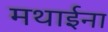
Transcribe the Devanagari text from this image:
मथाईना